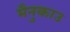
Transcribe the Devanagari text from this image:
मैनुकाउ